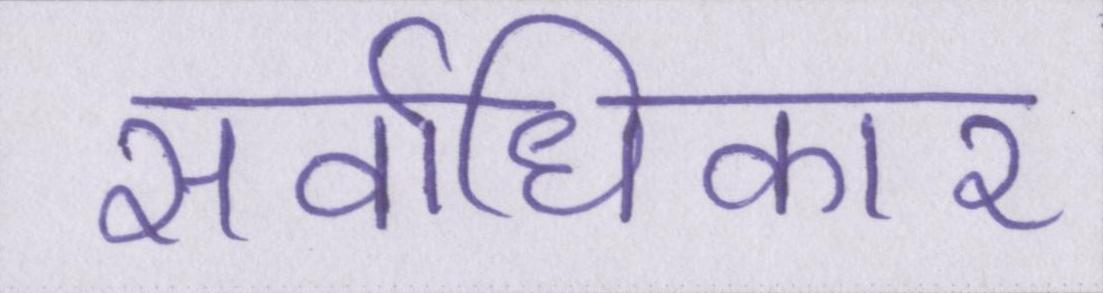
सर्वाधिकार